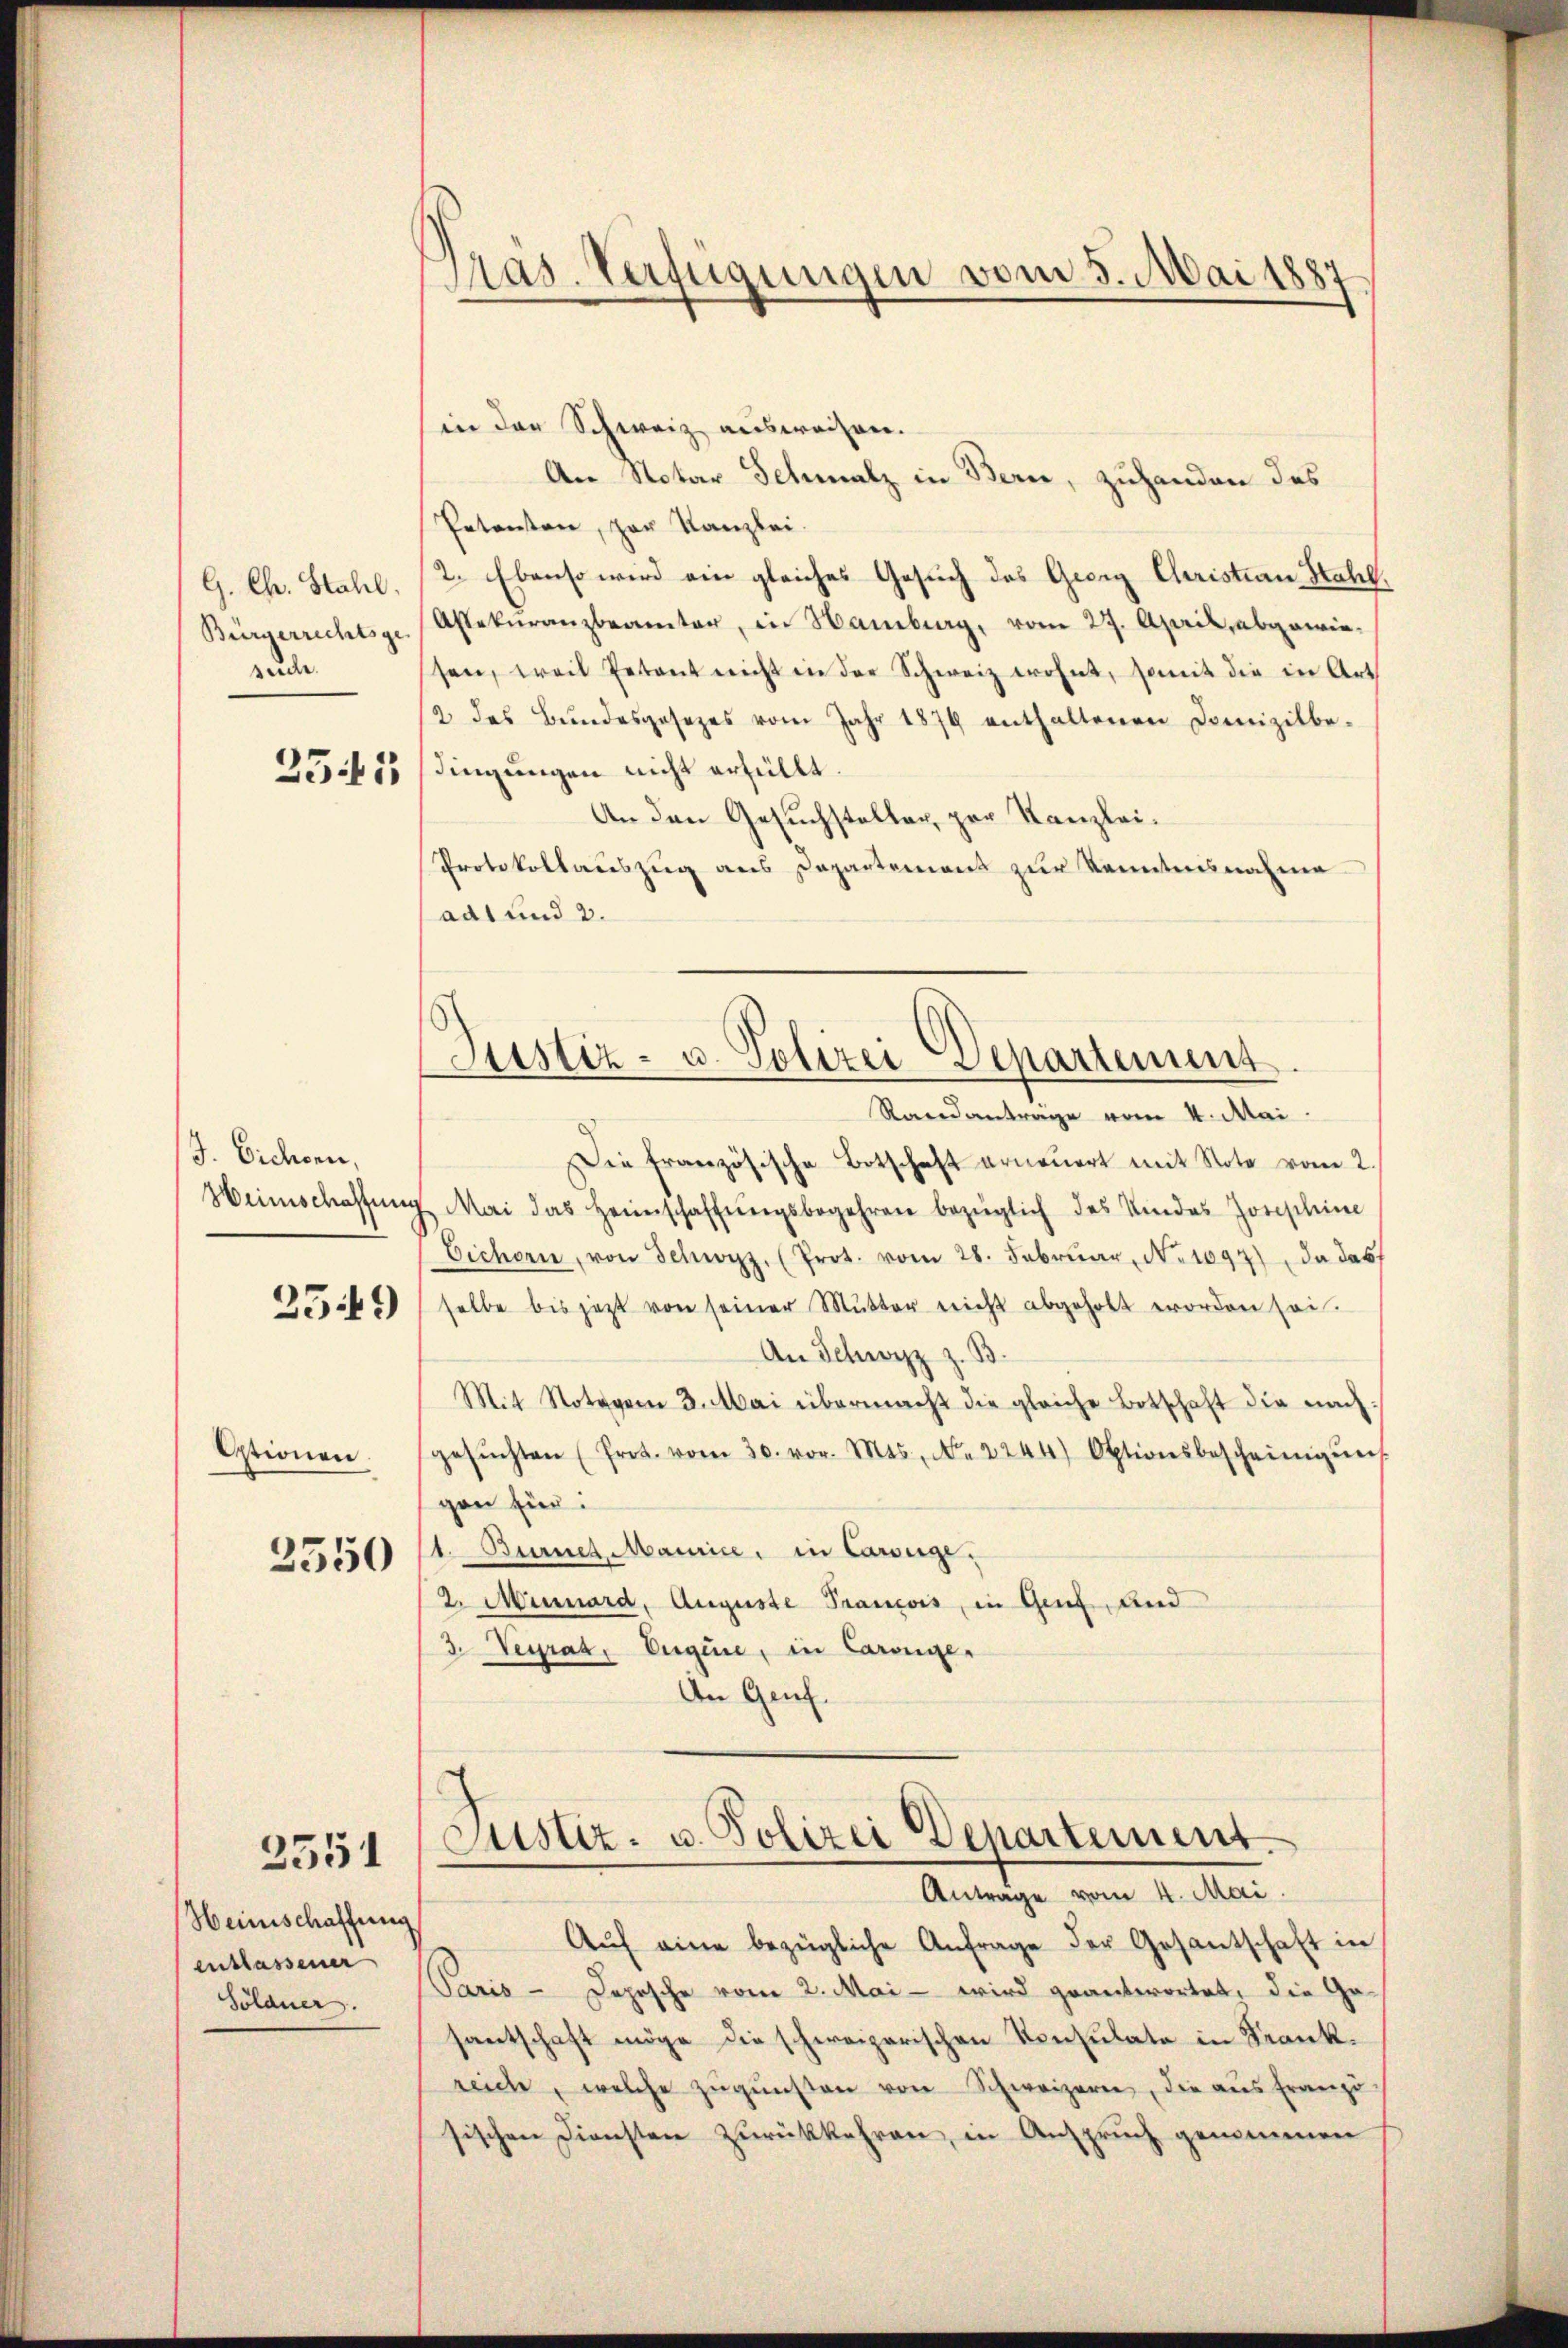
G. Ch. Stahl.
zauder

255

J. Eichsen,
Heimschaffung

359

Etionen.

3550

Heinschaffung
entlassener
Söldner.

2551

in der Schweiz ausweisen.
An Notar Schmalz in Bern, zuhanden das
Petenten, zur Kanzlei.
2. Ebenso wird ein gleiches Gesuch des Georg Christian Stahl,
Bürgerrechts-Assekuranzbeamter, in Hamburg, vom 27. April, abgewiesen, weil Petent nicht in der Schweiz wohnt, damit die in Art.
2 das Bundesgesezes vom Jahr 1879 enthaltenen Domizilbe-
dingungen nicht erfüllt.
An den Gesuchsteller, zur Kanzlei¬
Protokollauszug aus Departement zur Kenntnisnahme
ads und 2.

Mas. Verfügungen vom 5. Mai 1887

Justiz- u. Polizei Departement.

Randantrage vom 4. Mai.
Die französische Botschaft erneŭert mit Note vom 2.
Mai das Heimschaffŭngsbegehren bezüglich des Kindes Josephine
Eichorn, von Schwyz. (Prot. vom 28. Febrŭar No 1097), da das
selbe bis jetzt von seiner Mutter nicht abgeholt worden sei.
An Schwyz z. B.
Mit Notager 3. Mai übermacht die gleiche Botschaft die nach-
gesŭchten (Prot. vom 30. vor. Mts., N. 2244) Oktionsbescheinigŭng
gen hier:
1. Burner Maurice, in Carsuge.
2. Mürnard, Auguste Prancois, in Genf, und
3. Verrat, Eugene, in Carouger
An Genf.

Justiz- u. Polizei Departement.
Antrage vom 4. Mai

Aŭf eine bezügliche Anfrage der Gesantschaft in
Paris - Depesche vom 2. Mai - wird geantwortet, die Gesantschaft möge die schweizerischen Konsulate in Frankreiche, welche zŭgŭnsten von Schweizern, die aŭs franzö-
sischen Diensten zurückkehren, in Anspruch genommen